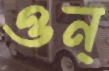
ওন্